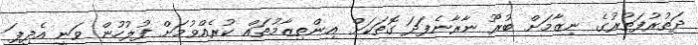
ދަތުރުފަތުރުގެ ނިޒާމަށް ބުރޫ ނާރާނެފަދަ ގޮތަކަށް އިންތިޒާމުތައް ކުރެއްވުމަށް ފުލުހުން ވަނީ އެދިފަ